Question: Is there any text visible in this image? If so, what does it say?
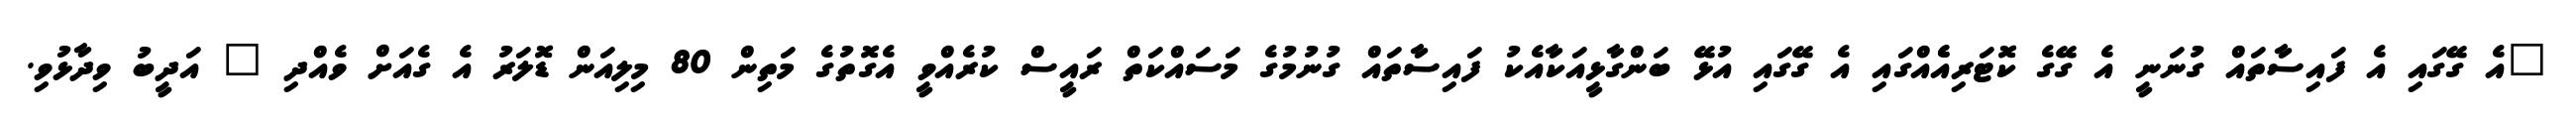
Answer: "އެ ގޭގައި އެ ފައިސާތައް ގުނަނީ އެ ގޭގެ ކޮޓަރިއެެއްގައި އެ ގޭގައި އުޅޭ ބަންގާޅީއަކާއެކު ފައިސާތައް ގުނުމުގެ މަސައްކަތް ރައީސް ކުރެއްވީ އެގޮތުގެ މަތިން 80 މިލިއަން ޑޮލަރު އެ ގެއަށް ވެއްދި " އަދީބު ވިދާޅުވި.